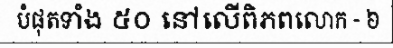
បំផុតទាំង ៥០ នៅលើពិភពលោក - ៦